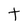
Character: t